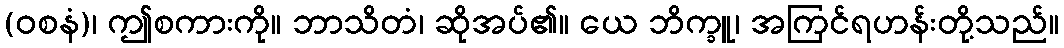
(ဝစနံ)၊ ဤစကားကို။ ဘာသိတံ၊ ဆိုအပ်၏။ ယေ ဘိက္ခူ၊ အကြင်ရဟန်းတို့သည်။